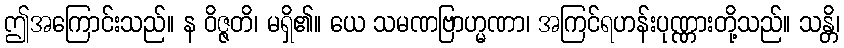
ဤအကြောင်းသည်။ န ဝိဇ္ဇတိ၊ မရှိ၏။ ယေ သမဏဗြာဟ္မဏာ၊ အကြင်ရဟန်းပုဏ္ဏားတို့သည်။ သန္တိ၊